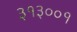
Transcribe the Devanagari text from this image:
३१३००१